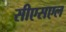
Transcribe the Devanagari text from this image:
सीएसएल